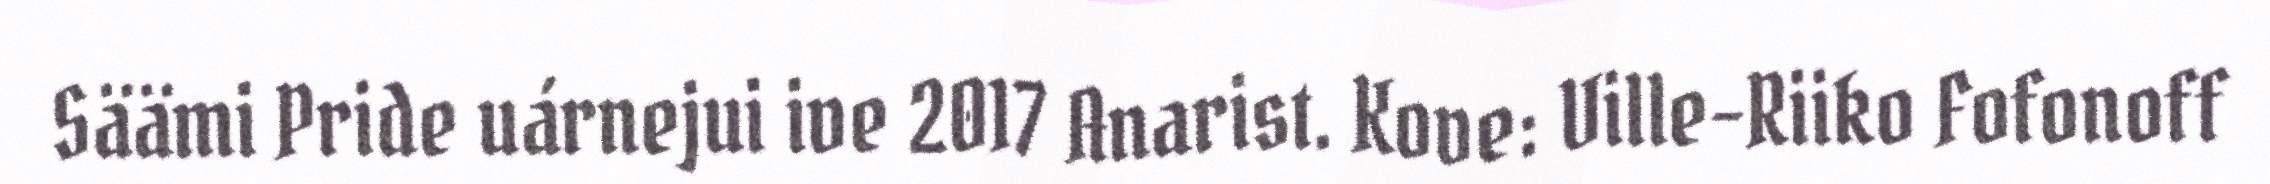
Säämi Pride uárnejui ive 2017 Anarist. Kove: Ville-Riiko Fofonoff